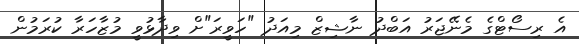
އެ ރިސޯޓްގެ މެނޭޖަރު އަބްދު ނާޝިޒް މިއަދު "ހަވީރަ"ށް ވިދާޅުވީ މުޒާހަރާ ކުރަމުން